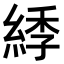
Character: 𦁳